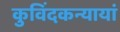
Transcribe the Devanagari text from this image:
कुविंदकन्यायां